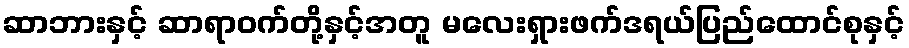
ဆာဘားနှင့် ဆာရာဝက်တို့နှင့်အတူ မလေးရှားဖက်ဒရယ်ပြည်ထောင်စုနှင့်